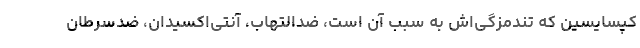
کپسایسین که تندمزگی‌اش به سبب آن است، ضدالتهاب، آنتی‌اکسیدان، ضدسرطان